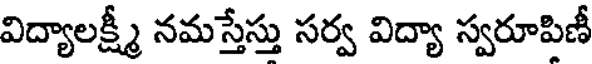
విద్యాలక్ష్మీ నమస్తేస్తు సర్వ విద్యా స్వరూపిణీ